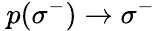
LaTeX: \: p(\sigma^{-})\rightarrow\sigma^{-}\: